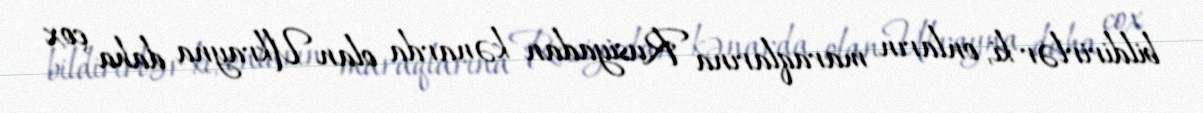
bildirirlər ki, onların maraqlarına Rusiyadan kənarda olan Ukrayna daha çox